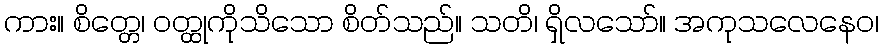
ကား။ စိတ္တေ၊ ဝတ္ထုကိုသိသော စိတ်သည်။ သတိ၊ ရှိလသော်။ အကုသလေနေဝ၊